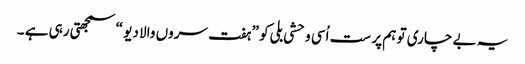
یہ بے چاری تو ہم پر ست اُسی وحشی بلی کو ” ہفت سروں والا دیو “ سمجھتی رہی ہے ۔